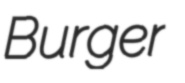
Burger